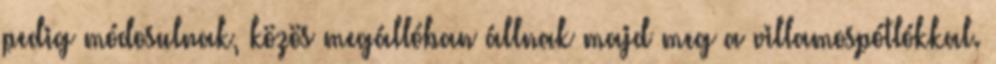
pedig módosulnak, közös megállóban állnak majd meg a villamospótlókkal.